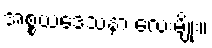
အစ္စယဒေသနာ လေးမျိုး။